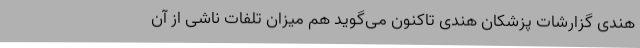
هندی گزارشات پزشکان هندی تاکنون می‌گوید هم میزان تلفات ناشی از آن